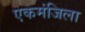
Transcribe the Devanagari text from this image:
एकमंजिला